King Institute of Preventive Medicine Micro-Biological Section reports 1912-19
Year: 1912
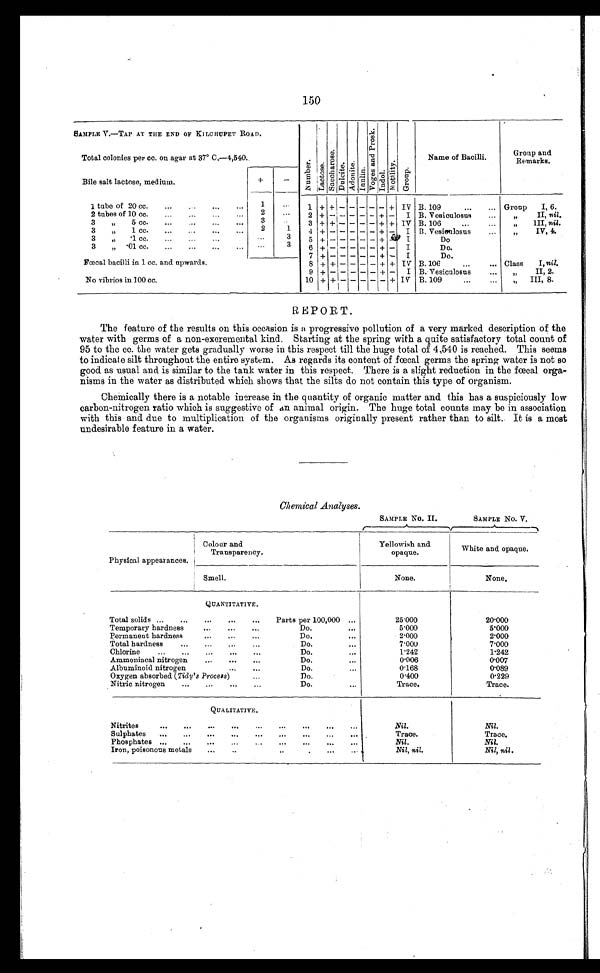
150
SAMPLE V.—TAP AT THE END OF KILCHUPET ROAD.
N u m b e r . L a c t a s e . S a c c h a r o s e . Du l c i t e Ad o n i t e I n u l i n .
V o g e s a n d p r o s k
Indol .
Mo t i l i t y . Group.
Name of Bacilli.
Group and
Remarks.
Total colonies per cc. on agar at 37° C.–4,540.
Bile salt lactose, medium.
+
-
1 tube of 20 cc.
...
...
...
1
...
1 + +
-
- - - -
+ IV B. 109
...
... Group
I, 6.
2 tubes of 10 cc.
...
...
...
...
2
...
2 + - -
- - - + - I B. Vesiculosus
..
„ I I ,
n i l .
3 „
5 cc.
...
... ...
...
3
...
3 + + -
- - - + + IV B. 106
„
I I I ,
n i l
.
3 „
1 cc.
...
...
... ...
2
1
4 +
- -
- - - + - I B. Vesieulosus
...
„ I V , 4 .
3 „
. 1
c c .
. . .
. . .
. . .
...
3
5
+
- -
- - - + - I
Do
3 „ . 0 1
c c .
. . .
. . .
. . .
. . .
...
3
6 + - -
- - - + - I
Do.
7
+
- -
- - -
+ - I
Do.
Fœcal bacilli in 1 cc. and upwards.
8 + + -
- - -
+
+ IV B. 106
... Class
I, nil.
9
+
- -
- - - -
+
I B. Vesiculosus
„ I I , 2 .
No vibrios in 100 cc.
10 + + -
- - - + - IV B. 109
„ I I I , 8 .
REPORT.
The feature of the results on this occasion is a progressive pollution of a very marked description of the
water with germs of a non-excremental kind. Starting at the spring with a quite satisfactory total count of
95 to the cc. the water gets gradually worse in this respect till the huge total of 4,540 is reached. This seems
to indicate silt throughout the entire system. As regards its content of fœcal germs the spring water is not so
good. as usual and is similar to the tank water in this respect. There is a slight reduction in the fœcal orga-
nisms in the water as distributed which shows that the silts do not contain this type of organism.
Chemically there is a notable increase in the quantity of organic matter and this has a suspiciously low
carbon-nitrogen ratio which is suggestive of an animal origin. The huge total counts may be in association
with this and due to multiplication of the organisms originally present rather than to silt. It is a most
undesirable feature in a water.
Chemical Analyses.
SAMPLE No. II.
SAMPLE No. V.
Physical appearances.
Colour and
Transparency.
Yellowish and
opaque.
White and opaque.
Smell.
None.
None.
QUANTITATIVE.
Total soliods... ...
...
Parts per 100,000 ...
25.000
2 0 . 0 0 0
Temporary hardness
...
...
Do.
...
5.00
5.00
Permanent hardness
...
...
...
Do.
...
2.000 2.000
Total hardness
...
...
.....
Do.
...
7.000
7.000
Chlorine
...
...
...
... ...
Do.
...
1 . 2 4 2
1 . 2 4 2
Ammoniacal nitrogen
...
... ...
Do.
...
0.006
0 . 0 0 7
Albuminoid nitrogen
...
Do.
...
0.168
0 . 0 8 9
Oxygen absorbed (Tidy's Process)
...
Do.
0.400
0 . 2 2 9
Nitric nitrogen
...
...
...
Do.
...
Trace.
Trace.
QUALITATIVE.
Nitrites
...
...
...
... ... ... ... ... ...
Nil.
Nil.
Sulphates ...
... ... ...
...
...
... ... ...
Trace.
Trace.
Phosphates ...
...
...
...
...
...
...
Nil.
Nil.
Iron, poisonous metals
...
..
... ... ...
Nil, nil.
Nil, nil.